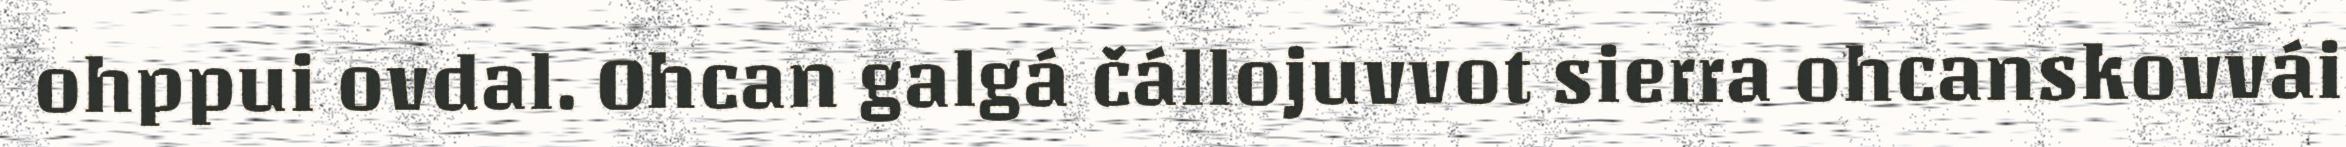
ohppui ovdal. Ohcan galgá čállojuvvot sierra ohcanskovvái